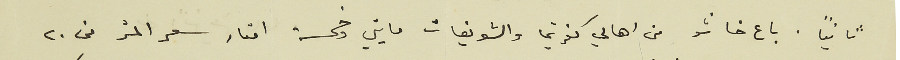
ثانياً. باع خاشو من اهالي كفرشيما والشويفات مايتي وخمسة امتار سعر المتر من ٢٠